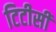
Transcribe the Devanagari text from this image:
टिटीसी